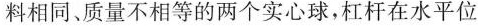
料相同、质量不相等的两个实心球，杠杆在水平